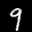
Label: 9